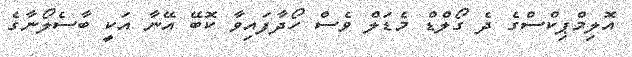
އޮލިމްޕިކްސްގެ ދެ ގޯލްޑް މެޑަލް ވެސް ހޯދާފައިވާ ކޮބޭ އޭނާ އަކީ ބާސެލޯނާގެ